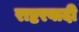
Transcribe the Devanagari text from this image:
राष्टरवादी